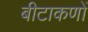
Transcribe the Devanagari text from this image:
बीटाकणों